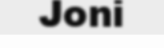
Joni